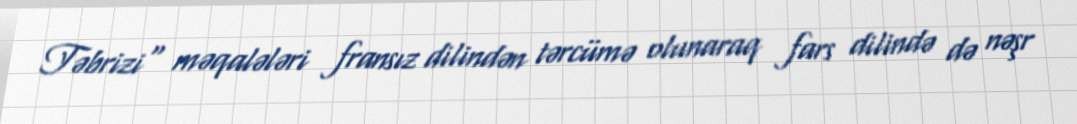
Təbrizi" məqalələri fransız dilindən tərcümə olunaraq fars dilində də nəşr